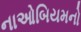
નાઓબિયમનો